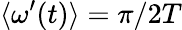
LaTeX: \langle\omega^{\prime}(t)\rangle=\pi/2T